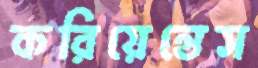
করিয়েন্তেস